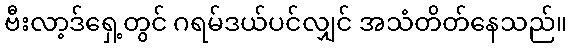
ဗီးလာ့ဒ်ရှေ့တွင် ဂရမ်ဒယ်ပင်လျှင် အသံတိတ်နေသည်။